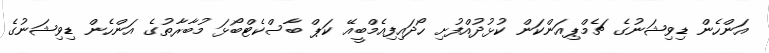
އަންހެން ޑިވިޝަނުގެ ޗެމްޕިއަންކަން ކުޅުދުއްފުށި ހޯދައިފިއެމްބީއޭ ކަޕް ބާސްކެޓްބޯޅަ މުބާރާތުގެ އަންހެން ޑިވިޝަނުގެ